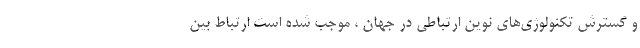
و گسترش تکنولوژی‌های نوین ارتباطی در جهان ، موجب شده است ارتباط بین